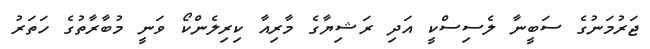
ޖަރުމަނުގެ ސަބީނާ ލެސިސްކީ އަދި ރަޝިޔާގެ މާރިއާ ކިރިލެންކޯ ވަނީ މުބާރާތުގެ ހަތަރު